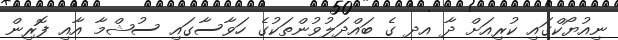
ނިއުޔޯކްގައި ކުރިއަށް ދާ އދ ގެ ބައްދަލުވުންތަކުގެ ހަވާސާގައި ސުޝްމާ އާއި ފޮރިން